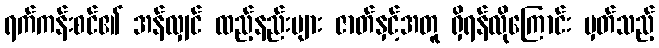
ရက်ကန်းစင်၏ အန်လျှင် ထည့်နည်းများ ဇာတ်နှင့်အတူ ရှိရန်လိုကြောင်း မှတ်သည့်